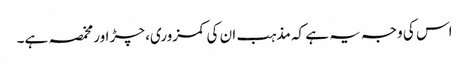
اس کی وجہ یہ ہے کہ مذہب ان کی کمزوری، چڑ اور مخمصہ ہے۔